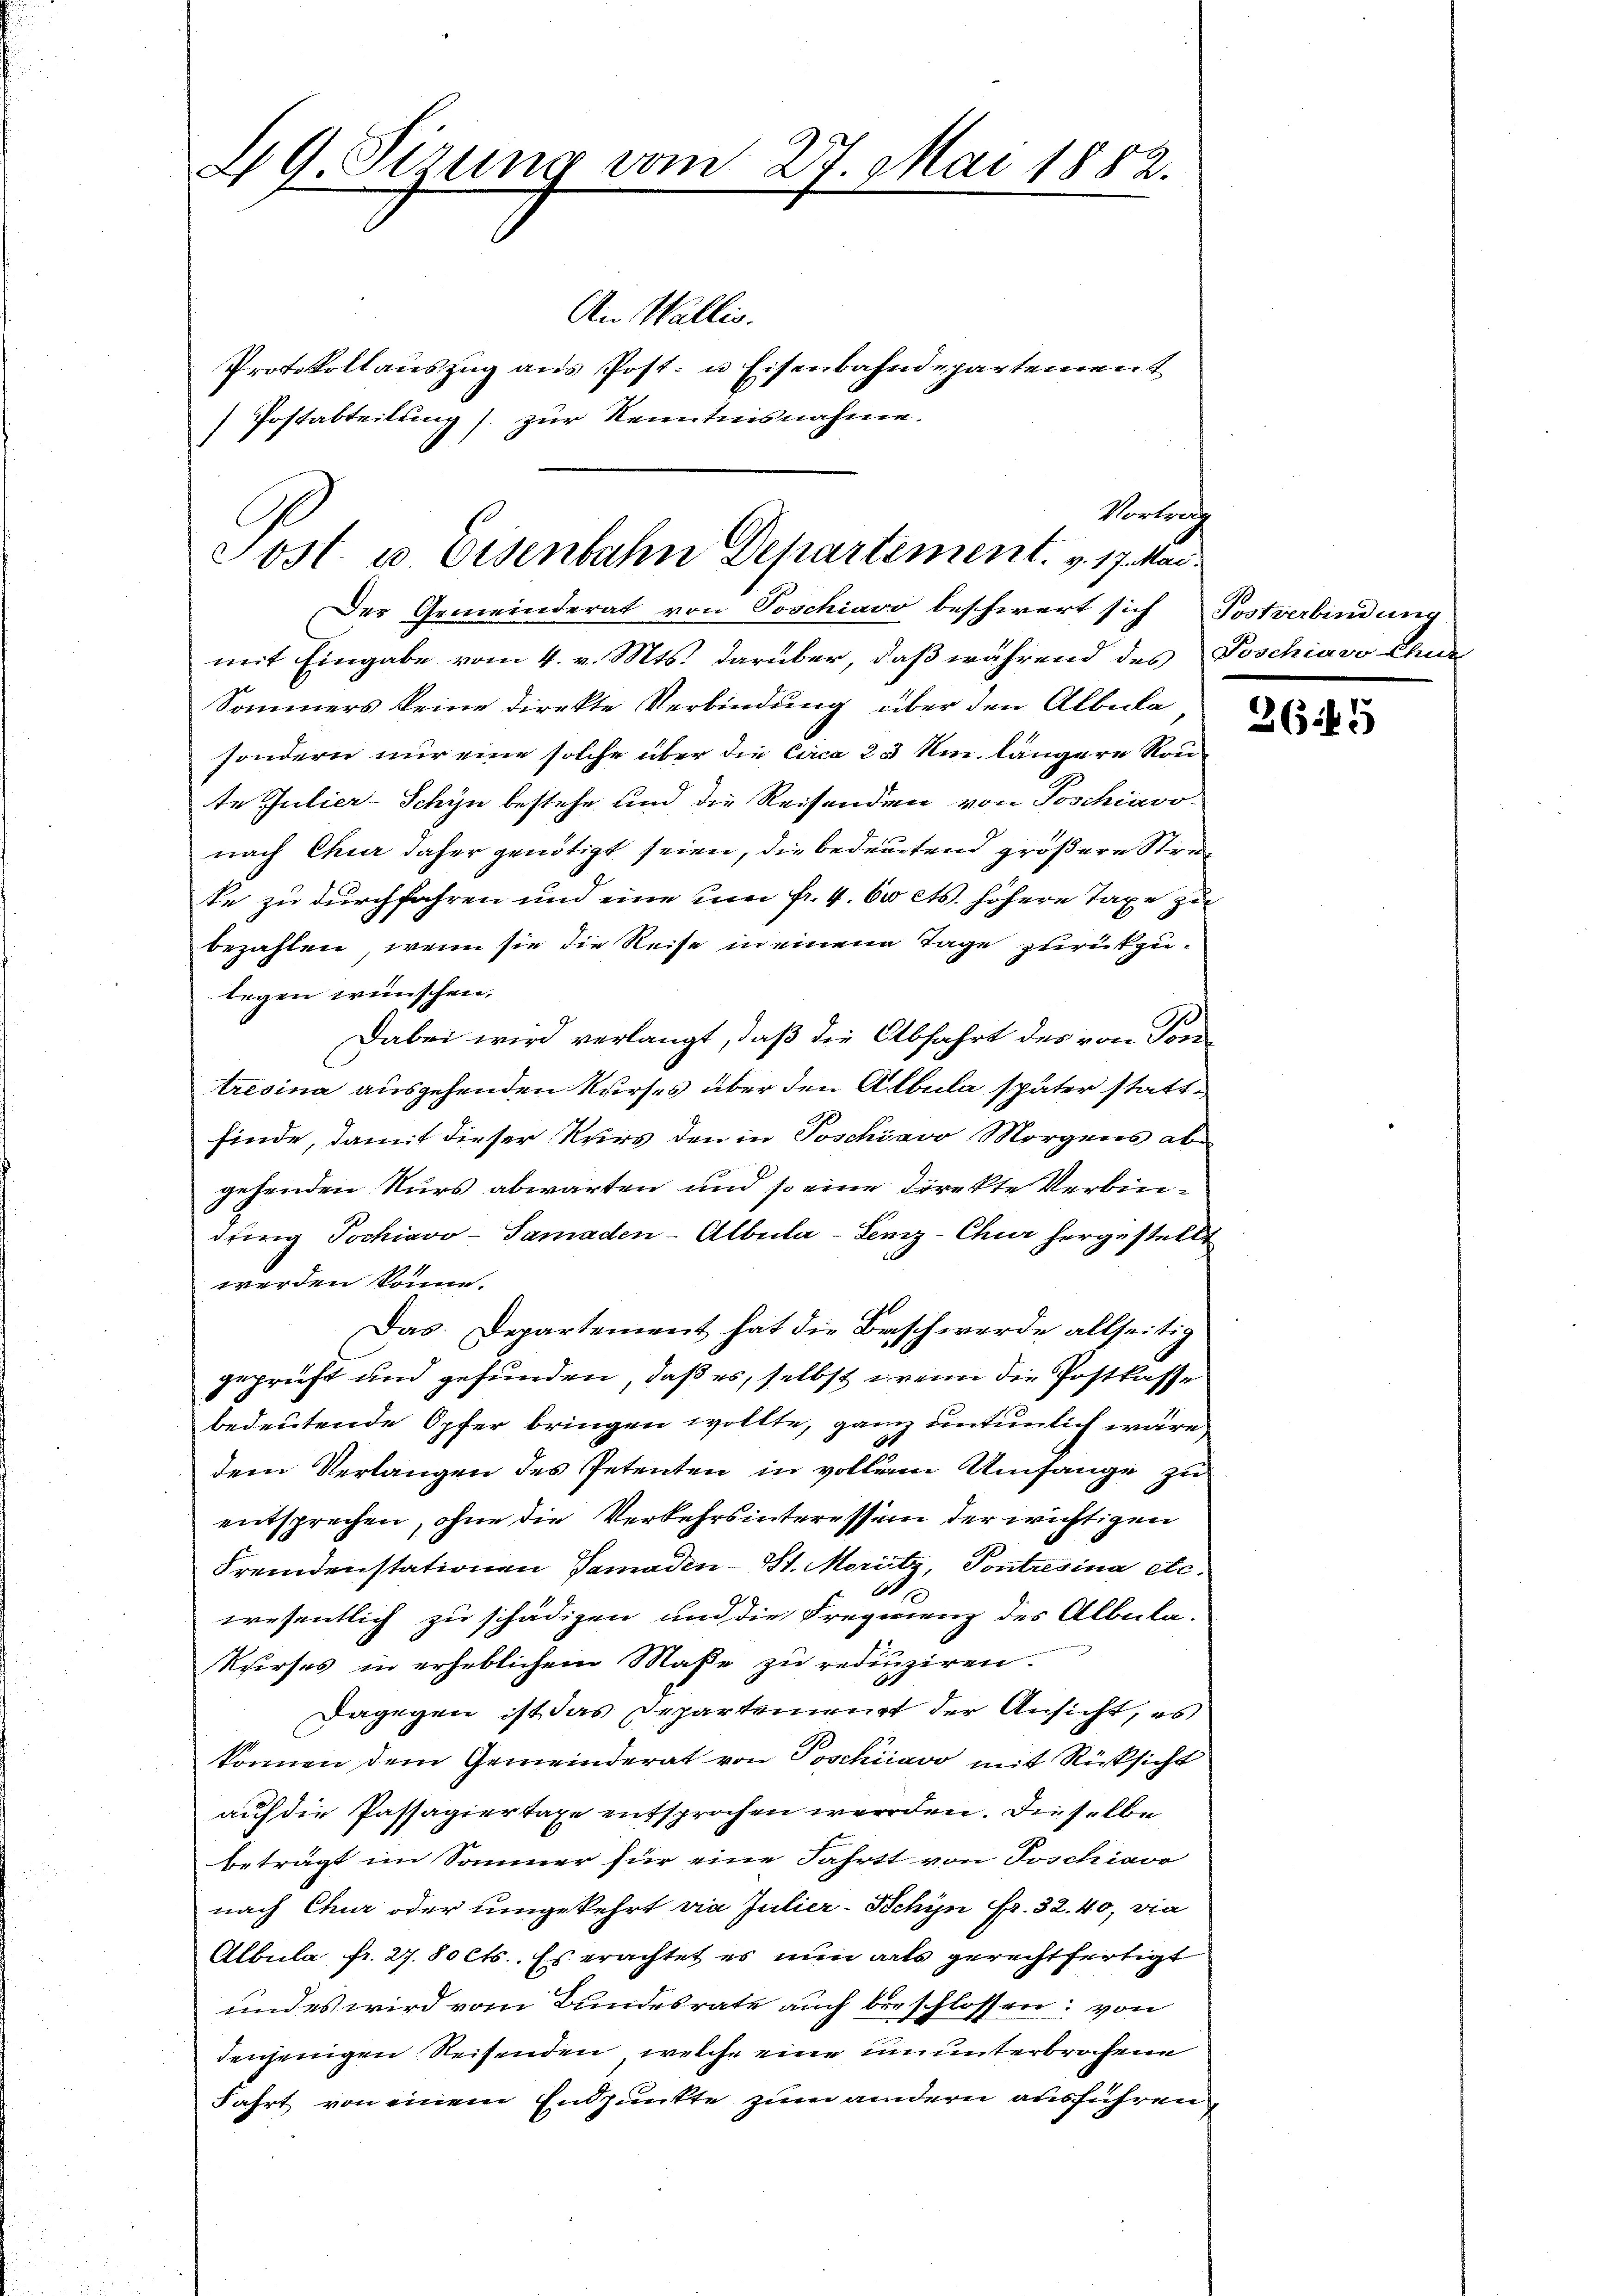
29. Sizung vom 27. Mai 1882.

Protokollauszug aus Post- u Eisenbahndepartement
Postabteilung) zur Kenntnisnahme.

An Wallis.

Vortrag
Tost. u. Eisenbahn Departement. v. 17. Mai.

Der Gemeinderat von Poschiavo beschwert sich Postverbindung
mit Eingabe vom 4. v. Mts. darüber, daß während des Poschiavo Chur
Sommers keine direkte Verbindung über den Albuka,
sondern nur eine solche über die Circa 23 Am längere Rou-
te Julier-Schyn bestehe und die Reisenden von Poschiavonach Chur daher genötigt seien, die bedeutend größere Streike zu durchfahren und eine um fr. 4. 60 cts. höhere Taxe zu
bezahlen, wenn sie die Reise in einem Tage zurückzulegen wünschen.
Dabei wird verlangt, daß die Abfahrt des von Tontresina ausgehenden Kurses über den Albula später stattfinde, damit dieser Kurs den in Poschiavo Morgens abgehenden Nurs abwarten und so eine direkte Verbindring Jochiavo-Samaden-Albula-Senz-Chur hergestellt
werden könne.
Das Departement hat die Baschwerde allseitig
geprüft und gefunden, daß es, selbst wenn die Postkasse
bedeutende Opfer bringen wollte, ganz untenlich wäre
dem Verlangen des Petenten in vollen Umfange zu
entsprechen, ohne die Verkehrsinteressen der wichtigen
Fremdenstationen Gamaden - St. Moritz, Pontresina etc.
.
wesentlich zu schädigen und die Fragenenz des Albula-
Kurses in erheblichem Maße zu reduziren.
Dagegen ist das Departement der Ansicht, es
können dem Gemeinderat von Poschiavo mit Rücksicht
auf die Passagiertaxe entsprochen werden. Dieselbe
beträgt im Sommer für eine Fahrtt von Poschiavo
nach Chur oder umgekehrt die Julier-Schin Fr. 32. 40, via
Albula fr. 27. 80 Cts. Es erachtet es nun alls gerechtfertigt
und es wird vom Bundesrate auch beschlossen: von
denjenigen Reisenden, welche eine ununterbrochene
Fahrt von einem Endpunkte zum andern ausführen,

2645